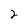
Character: 2